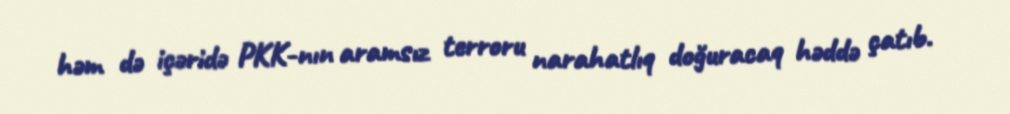
həm də içəridə PKK-nın aramsız terroru narahatlıq doğuracaq həddə çatıb.